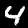
Label: 4